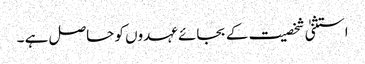
استثنیٰ شخصیت کے بجائے عہدوں کو حاصل ہے ۔